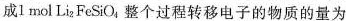
成1mol Li_{2}FeSiO_{4}整个过程转移电子的物质的量为